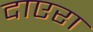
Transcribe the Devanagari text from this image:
दाएरा